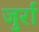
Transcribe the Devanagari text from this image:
जुर्रा